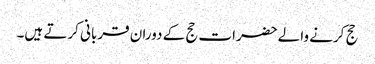
حج کرنے والےحضرات حج کے دوران قربانی کرتے ہیں۔